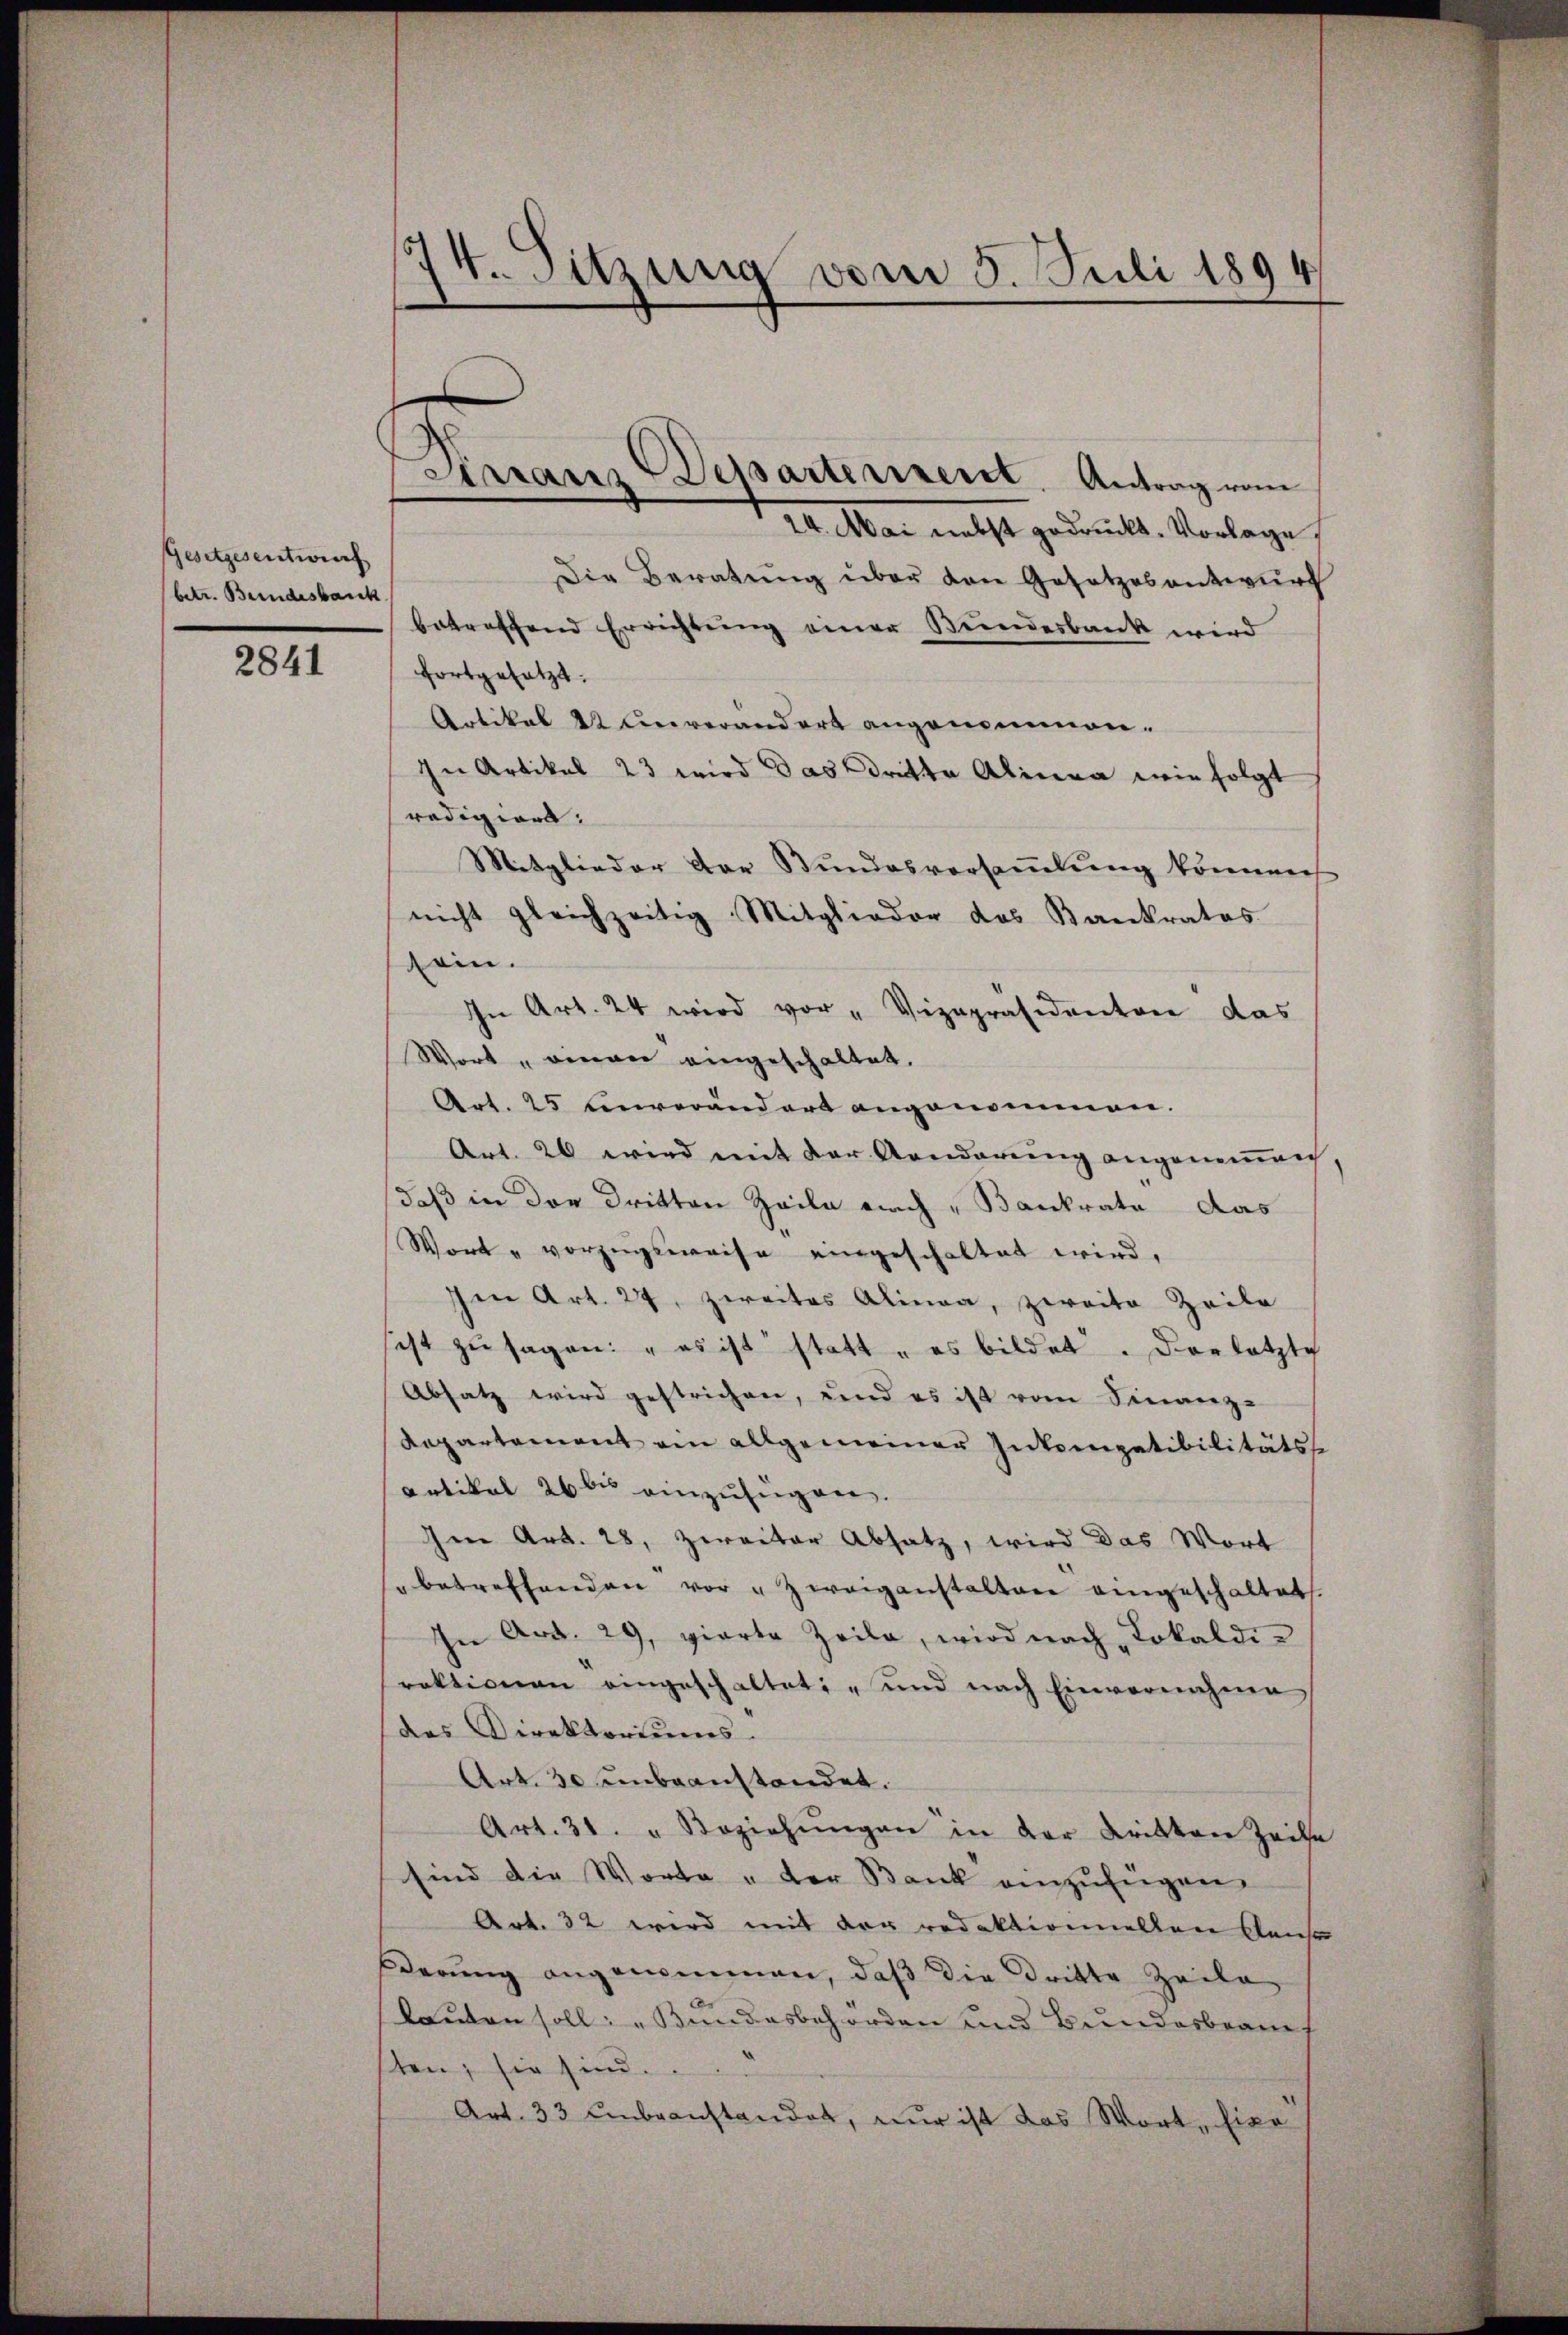
Gesetzesentwurf
betr. Bundesback

2841

74. Sitzung vom 5. Juli 1894

Arranz-Departerrent. Antrag vom

24. Mai nebst gedruckt. Vorlage,
Die Beratŭng über den Gesetzesentwurf
betreffend Errichtung einer Bundesbank wird
fortgesetzt.
Artikel 22 Unverändert angenommen.
In Artikel 23 wird das Dritte Alinea wir folgt
redigiere.
Mitglieder der Bundesversaṁlŭng können
nicht gleichzeitig Mitglieder das Bankrates
sein.
In Art. 24 wird vor "Vizepräsidenten das
Wort „einger eingeschaltet.
Art. 25 Einverändert angenommen.
Art. 26 wird mit der Aenderung angenommen
daß in der Dritten Zeile nach Bankrate das
Wort " vorzugsweise eingeschaltet wird,
sen Art. 27, zweites Alinea, zweite Zeile
ist zu sagen: "es ist statt - es bildet. Dorlötzlich
Absatz wird gestrichen, und es ist vom Finanz-
Kapartement ein allgemeiner Inkompatibilitäts¬
Artikal 26 bis einzufügen.
Ien Art. 28, zweiter Absatz, wird das Wort
" betreffenden vor Zweigenstalten eingeschaltet
In Art. 29, gierte Zeile, wird nach Lokaldi-
rektionen eingeschaltet, und nach Einvernehme
des Direktoriums.
Art. 30 unbeanstandet.
Art. 31. " Beziehŭngen in der Dritten Zeite
sind die Worte u der Bank einzufügen.
Art. 32 wird mit der redaktionellen Reise
derŭng angenommen, daß die Dritte Zeile
lauten soll: „Bundesbehörden und Bundesbrauch
ten; sie sind.
Art. 33 unbeanstandet, nur ist das Wort, hier